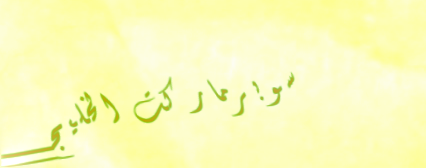
سوبرماركت الخليج